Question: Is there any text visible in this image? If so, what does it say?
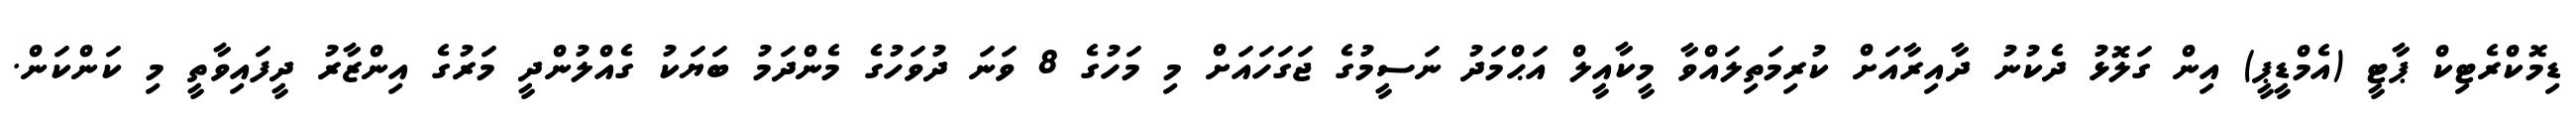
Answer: ޑިމޮކްރެޓިކް ޕާޓީ (އެމްޑީޕީ) އިން ގަލޮޅު ދެކުނު ދާއިރާއަށް ކުރިމަތިލައްވާ މީކާއީލް އަޙްމަދު ނަސީމުގެ ޖަގަހައަށް މި މަހުގެ 8 ވަނަ ދުވަހުގެ މެންދަމު ބަޔަކު ގެއްލުންދީ މަރުގެ އިންޒާރު ދީފައިވާތީ މި ކަންކަން.